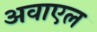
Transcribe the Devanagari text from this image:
अवाएल